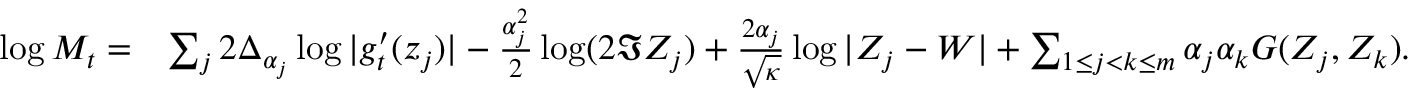
\begin{array} { r l } { \log M _ { t } = } & { \sum _ { j } 2 \Delta _ { \alpha _ { j } } \log | g _ { t } ^ { \prime } ( z _ { j } ) | - \frac { \alpha _ { j } ^ { 2 } } 2 \log ( 2 \Im Z _ { j } ) + \frac { 2 \alpha _ { j } } { \sqrt \kappa } \log | Z _ { j } - W | + \sum _ { 1 \leq j < k \leq m } \alpha _ { j } \alpha _ { k } G ( Z _ { j } , Z _ { k } ) . } \end{array}